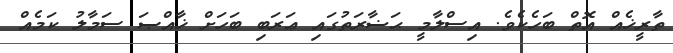
ތާރީޚެއް އޮތް ބަހެކެވެ. އިސްލާމީ ޙަޟާރަތުގައި ޢަރަބި ބަހަށް ޚާއްޞަ ސަމާލު ކަމެއް